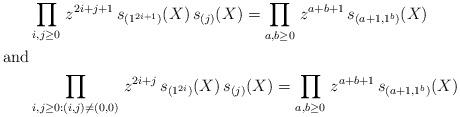
LaTeX: \begin{align*} &\prod_{i,j\geq0}\, z^{2i+j+1}\, s_{(1^{2i+1})}(X) \, s_{(j)}(X) = \prod_{a,b\geq0}\, z^{a+b+1}\,s_{(a+1,1^b)}(X) \cr\mbox{and}\cr&\prod_{i,j\geq0:(i,j)\neq(0,0)}\, z^{2i+j}\, s_{(1^{2i})}(X) \, s_{(j)}(X) = \prod_{a,b\geq0}\, z^{a+b+1}\, s_{(a+1,1^b)}(X)\end{align*}